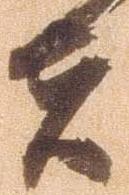
者